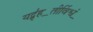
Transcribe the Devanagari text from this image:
यद्बृ॑ह॒तीर्विश्वं॒